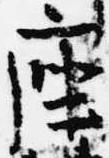
座